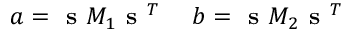
a = \textbf { s } M _ { 1 } \textbf { s } ^ { T } ~ ~ ~ ~ b = \textbf { s } M _ { 2 } \textbf { s } ^ { T }